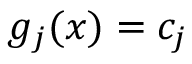
g _ { j } ( x ) = c _ { j }